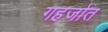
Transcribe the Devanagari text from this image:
गहर्जात